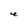
Character: e